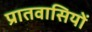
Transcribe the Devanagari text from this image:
प्रातवासियों